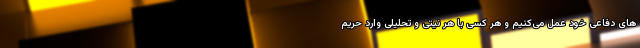
های دفاعی خود عمل می‌کنیم و هر کسی با هر نیتی و تحلیلی وارد حریم